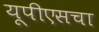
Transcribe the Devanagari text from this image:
यूपीएसचा